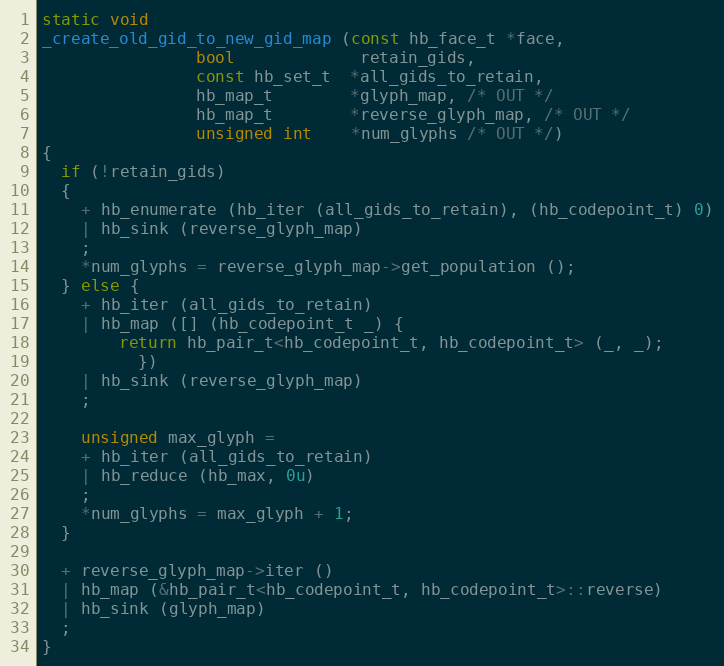
Language: C++
static void
_create_old_gid_to_new_gid_map (const hb_face_t *face,
				bool             retain_gids,
				const hb_set_t  *all_gids_to_retain,
				hb_map_t        *glyph_map, /* OUT */
				hb_map_t        *reverse_glyph_map, /* OUT */
				unsigned int    *num_glyphs /* OUT */)
{
  if (!retain_gids)
  {
    + hb_enumerate (hb_iter (all_gids_to_retain), (hb_codepoint_t) 0)
    | hb_sink (reverse_glyph_map)
    ;
    *num_glyphs = reverse_glyph_map->get_population ();
  } else {
    + hb_iter (all_gids_to_retain)
    | hb_map ([] (hb_codepoint_t _) {
		return hb_pair_t<hb_codepoint_t, hb_codepoint_t> (_, _);
	      })
    | hb_sink (reverse_glyph_map)
    ;

    unsigned max_glyph =
    + hb_iter (all_gids_to_retain)
    | hb_reduce (hb_max, 0u)
    ;
    *num_glyphs = max_glyph + 1;
  }

  + reverse_glyph_map->iter ()
  | hb_map (&hb_pair_t<hb_codepoint_t, hb_codepoint_t>::reverse)
  | hb_sink (glyph_map)
  ;
}